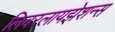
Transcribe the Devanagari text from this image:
लिबरलायझेशन्स